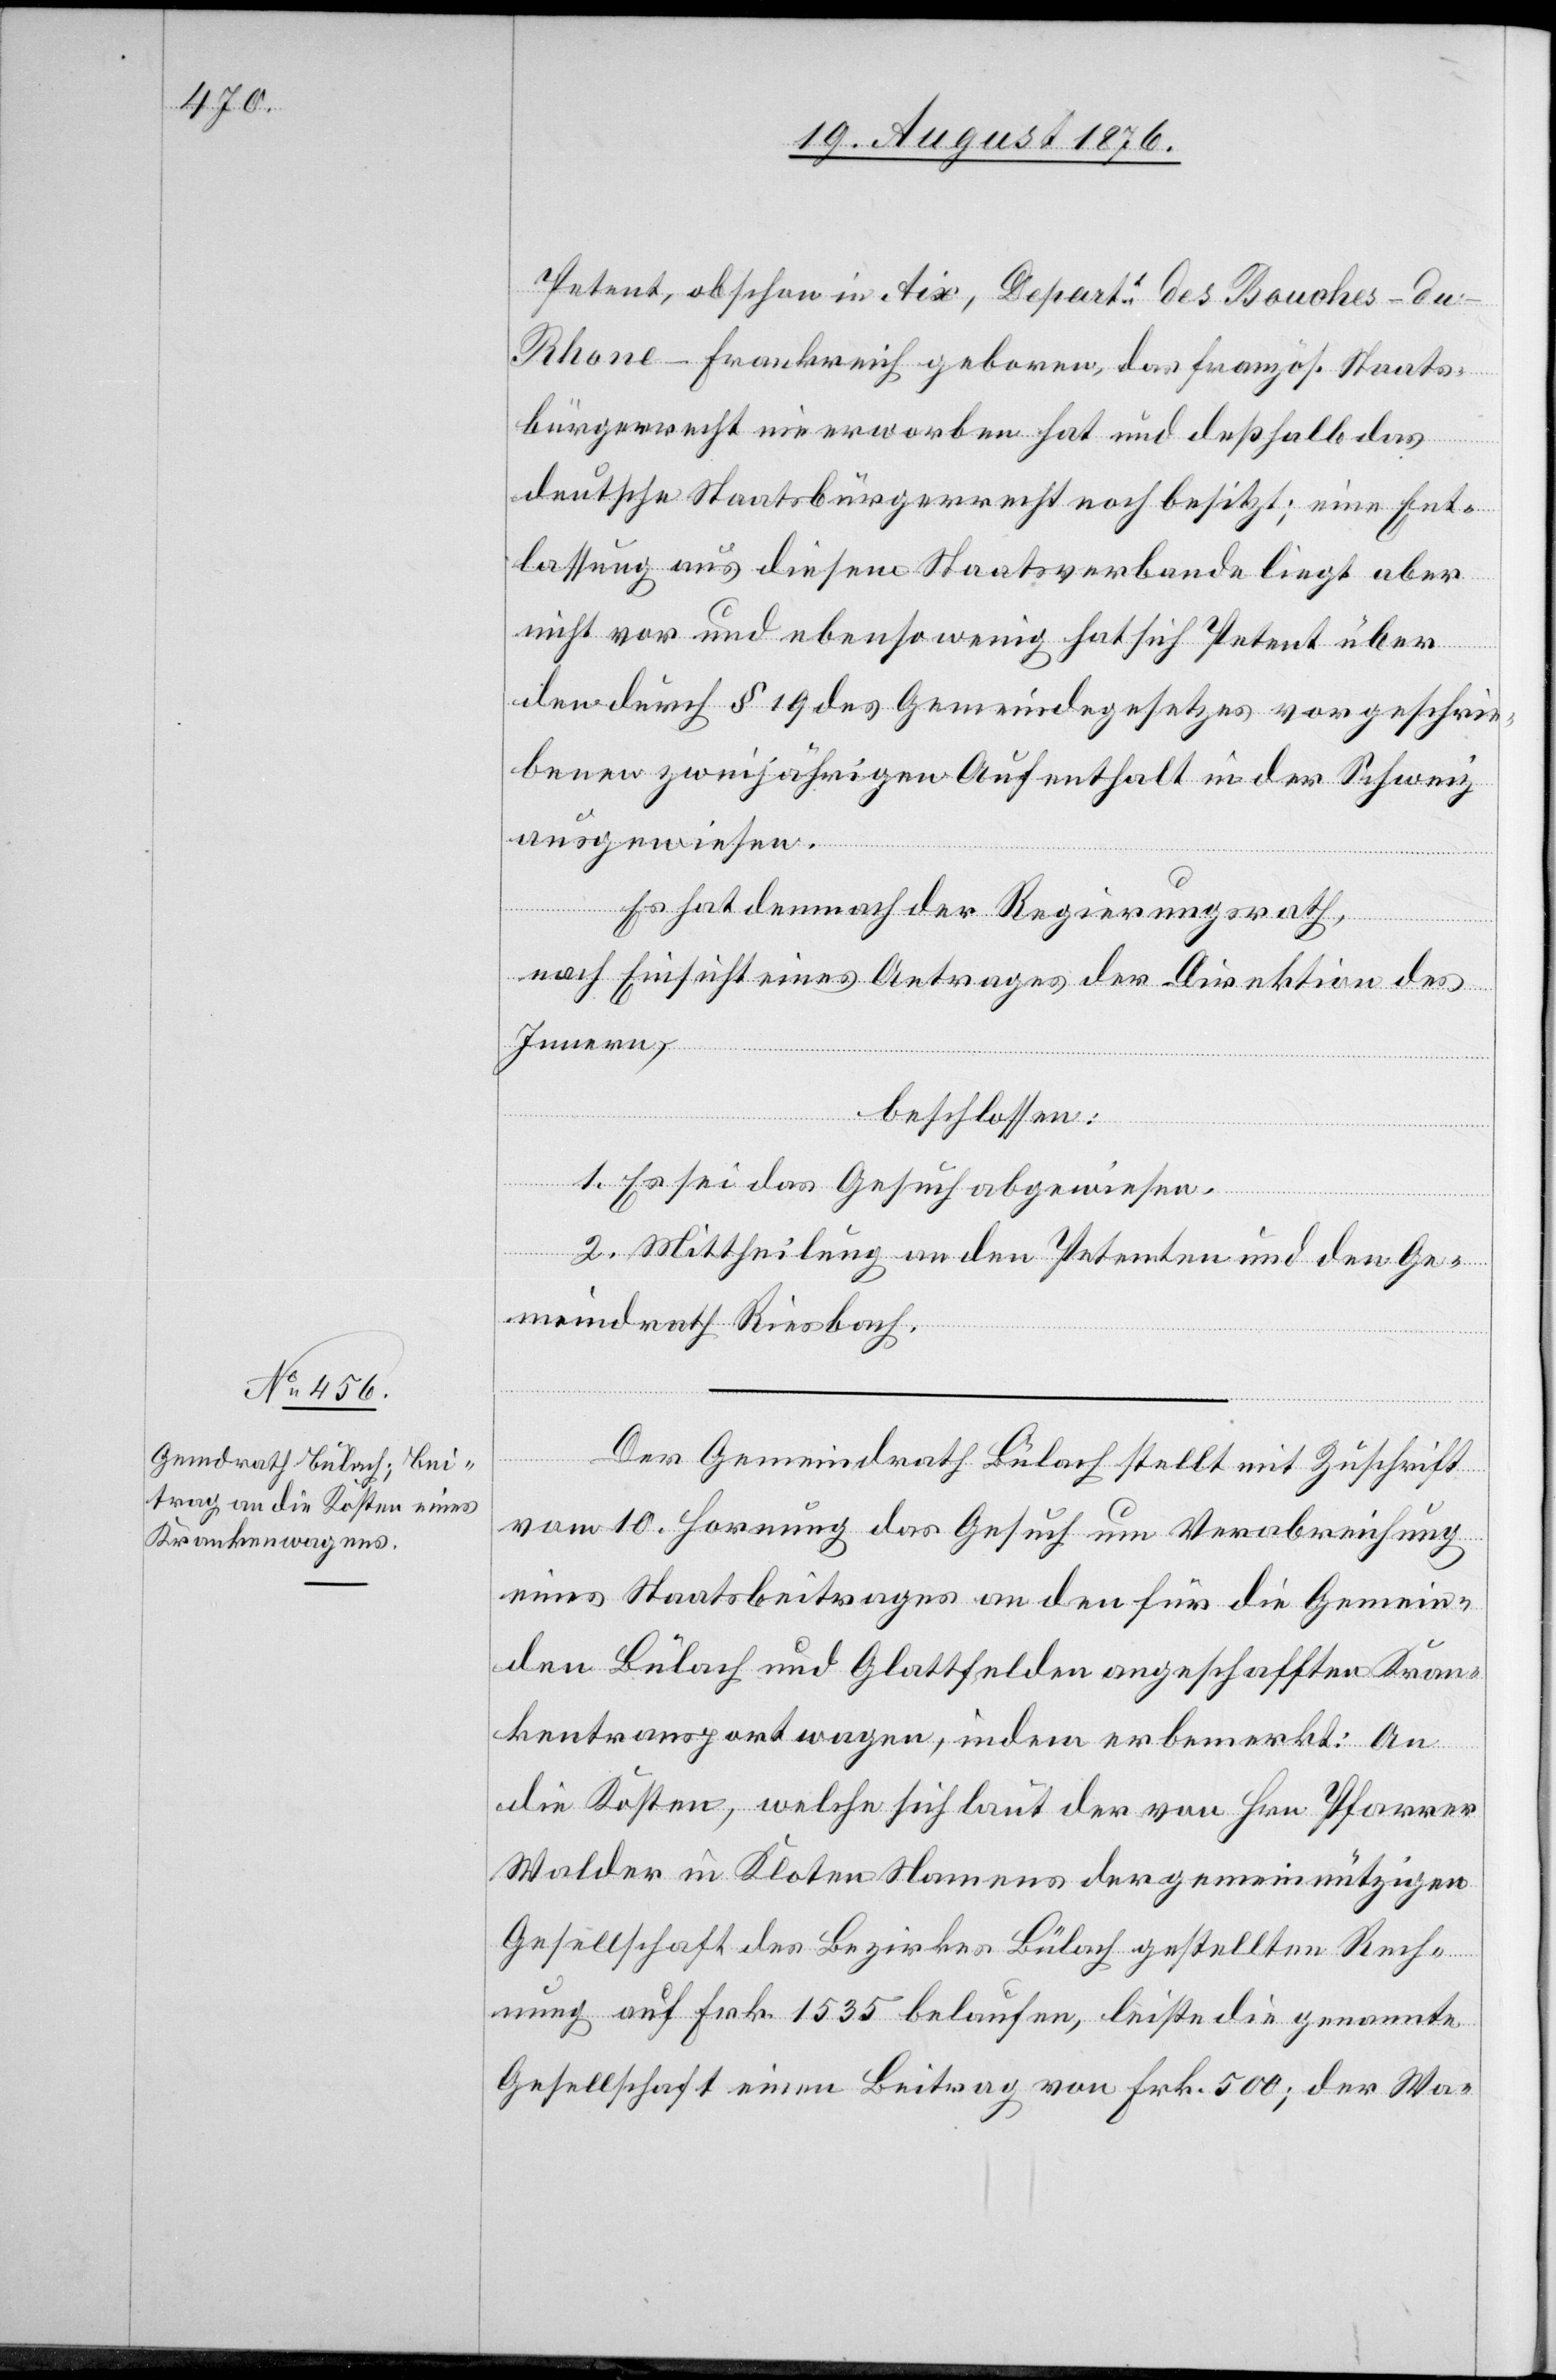
Petent, obschon in Aix, Depart. des Bouches-du-R¬
hone - Frankreich geboren, da französ. Staats¬
bürgerrecht nie erworben hat und deßhalb das
Rech¬
deutsche Staatsbürgerrecht noch besitzt; eine Ent¬
lassung aus diesem Staatsverbande liegt aber
nicht vor und ebensowenig hat sich Petent über
den durch § 19 des Gemeindegesetzes vorgeschrie¬
benen zweijährigen Aufenthalt in der Schweiz
ausgewiesen.
Es hat demnach der Regierungsrath,
nach Einsicht eines Antrages der Direktion des
Innern,
beschlossen:
1. Es sei das Gesuch abgewiesen.
2. Mittheilung an den Petenten und den Ge¬
meindrath Riesbach.
Der Gemeindrath Bülach stellt mit Zuschrift
vom 10. Hornung das Gesuch um Verabreichung
eines Staatsbeitrages an den für die Gemein¬
den Bülach und Glattfelden angeschafften Kran¬
kentransportwagen, indem er bemerkt: An
die Kosten, welche sich laut der von Hrn. Pfarrer
Walder in Kloten Namens der gemeinnützigen
nung auf Frk. 1535 belaufen, leiste die genannte
Gesellschaft einen Beitrag von Frk. 500; der Wa-